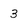
Character: 3